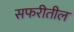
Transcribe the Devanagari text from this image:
सफरीतील